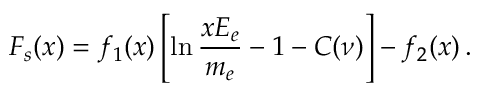
F _ { s } ( x ) = f _ { 1 } ( x ) \left[ \ln { \frac { x E _ { e } } { m _ { e } } } - 1 - C ( \nu ) \right] - f _ { 2 } ( x ) \, .